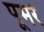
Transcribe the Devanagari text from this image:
पूमरे